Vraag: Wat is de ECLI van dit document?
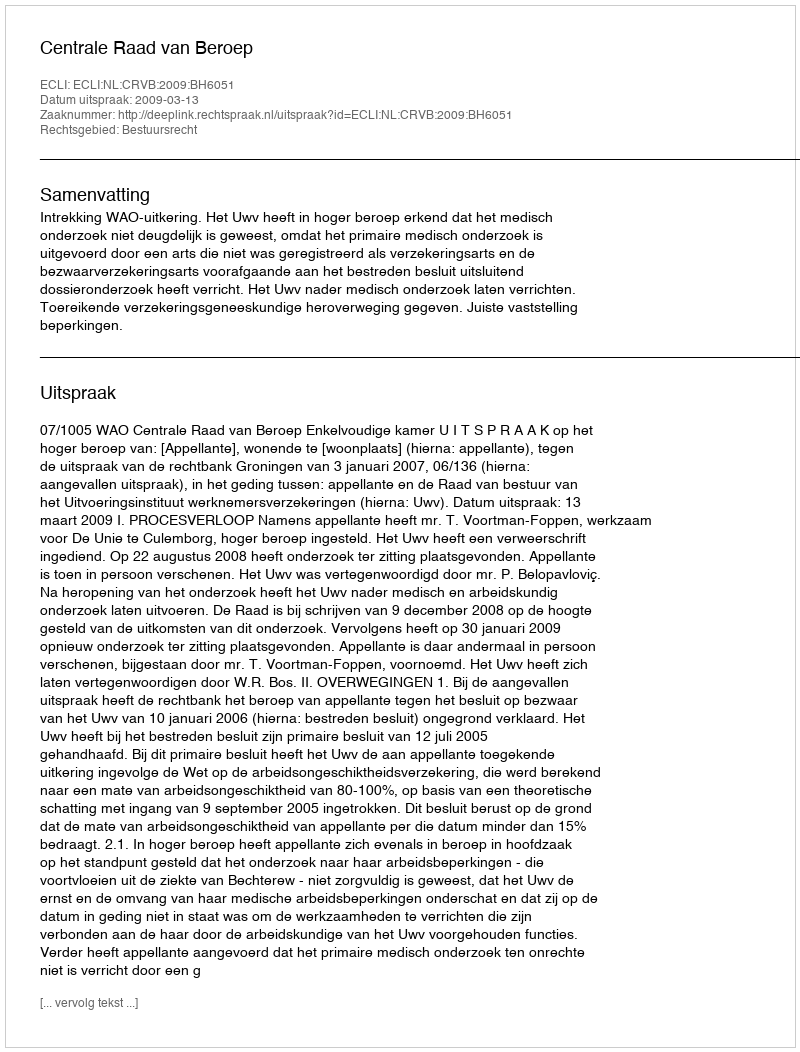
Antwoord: ECLI:NL:CRVB:2009:BH6051